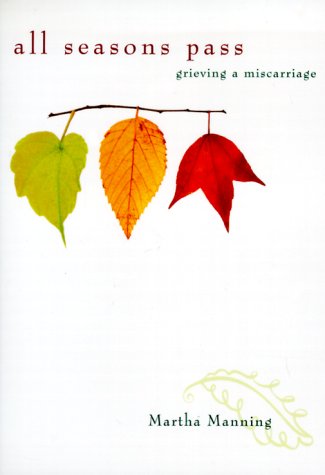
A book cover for All Seasons Pass: Grieving a Miscarriage; Martha Manning; Christian Books & Bibles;